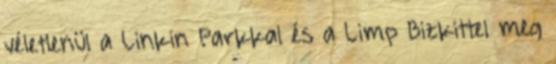
véletlenül a Linkin Parkkal és a Limp Bizkittel meg